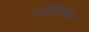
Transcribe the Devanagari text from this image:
ललितललाम